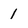
Character: 1